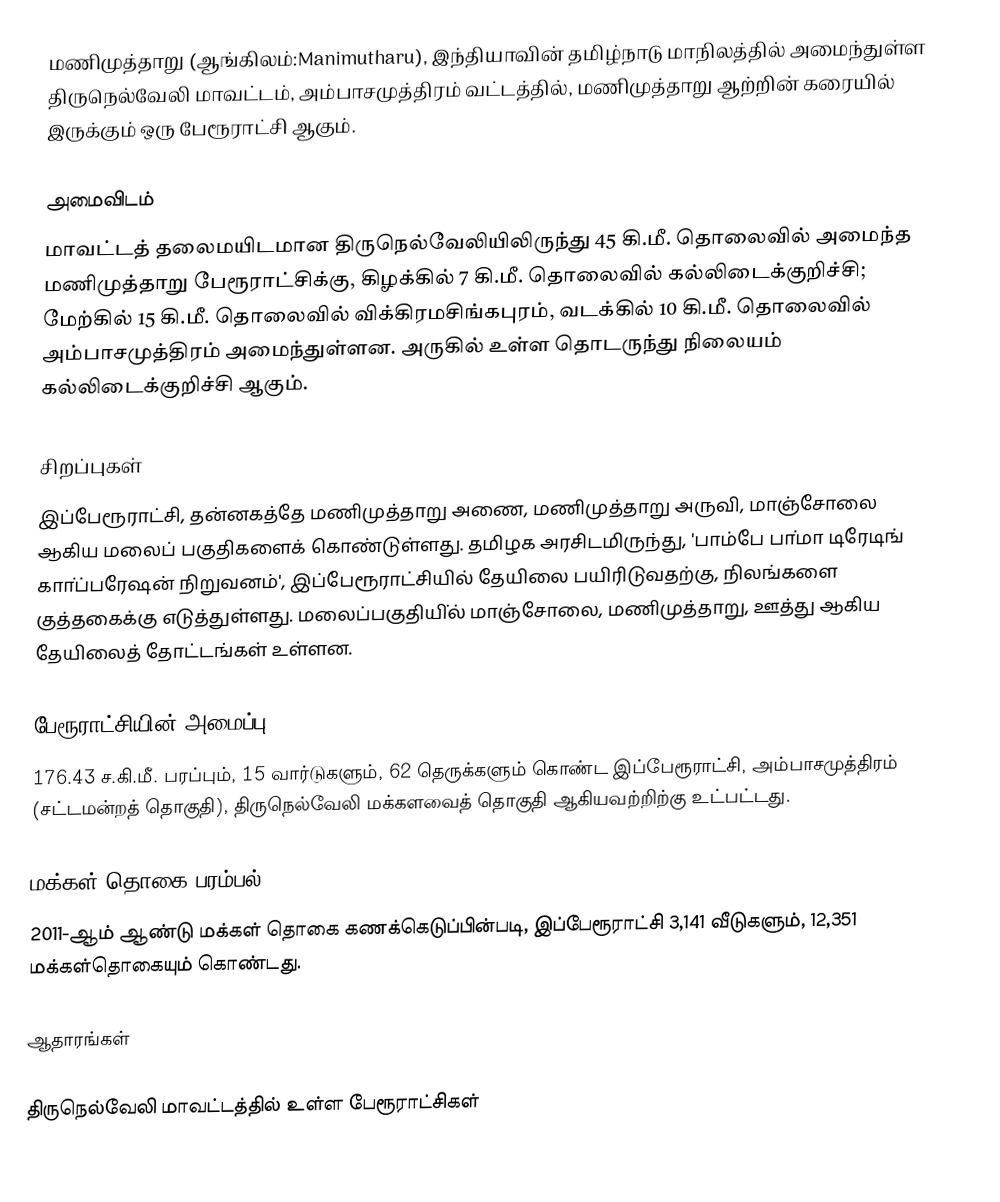
மணிமுத்தாறு (ஆங்கிலம்:Manimutharu), இந்தியாவின் தமிழ்நாடு மாநிலத்தில் அமைந்துள்ள திருநெல்வேலி மாவட்டம், அம்பாசமுத்திரம் வட்டத்தில், மணிமுத்தாறு ஆற்றின் கரையில் இருக்கும் ஒரு பேரூராட்சி ஆகும்.

அமைவிடம்
மாவட்டத் தலைமயிடமான திருநெல்வேலியிலிருந்து 45 கி.மீ. தொலைவில் அமைந்த மணிமுத்தாறு பேரூராட்சிக்கு, கிழக்கில் 7 கி.மீ. தொலைவில் கல்லிடைக்குறிச்சி; மேற்கில் 15 கி.மீ. தொலைவில் விக்கிரமசிங்கபுரம், வடக்கில் 10 கி.மீ. தொலைவில் அம்பாசமுத்திரம் அமைந்துள்ளன. அருகில் உள்ள தொடருந்து நிலையம் கல்லிடைக்குறிச்சி ஆகும்.

சிறப்புகள்
இப்பேரூராட்சி, தன்னகத்தே மணிமுத்தாறு அணை, மணிமுத்தாறு அருவி, மாஞ்சோலை ஆகிய மலைப் பகுதிகளைக் கொண்டுள்ளது. தமிழக அரசிடமிருந்து, 'பாம்பே பா்மா டிரேடிங் காா்ப்பரேஷன் நிறுவனம்', இப்பேரூராட்சியில் தேயிலை பயிரிடுவதற்கு, நிலங்களை குத்தகைக்கு எடுத்துள்ளது. மலைப்பகுதியி்ல் மாஞ்சோலை, மணிமுத்தாறு, ஊத்து ஆகிய தேயிலைத் தோட்டங்கள் உள்ளன.

பேரூராட்சியின் அமைப்பு
176.43 ச.கி.மீ. பரப்பும், 15 வார்டுகளும், 62 தெருக்களும் கொண்ட இப்பேரூராட்சி,  அம்பாசமுத்திரம் (சட்டமன்றத் தொகுதி), திருநெல்வேலி மக்களவைத் தொகுதி ஆகியவற்றிற்கு உட்பட்டது.

மக்கள் தொகை பரம்பல்
2011-ஆம் ஆண்டு மக்கள் தொகை கணக்கெடுப்பின்படி,  இப்பேரூராட்சி 3,141 வீடுகளும், 12,351 மக்கள்தொகையும் கொண்டது.

ஆதாரங்கள்

திருநெல்வேலி மாவட்டத்தில் உள்ள பேரூராட்சிகள்